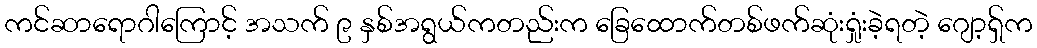
ကင်ဆာရောဂါကြောင့် အသက် ၉ နှစ်အရွယ်ကတည်းက ခြေထောက်တစ်ဖက်ဆုံးရှုံးခဲ့ရတဲ့ ဂျော့ရှ်က